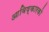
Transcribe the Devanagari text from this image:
आविष्कारको